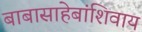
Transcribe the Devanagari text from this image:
बाबासाहेबांशिवाय